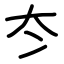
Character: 冭